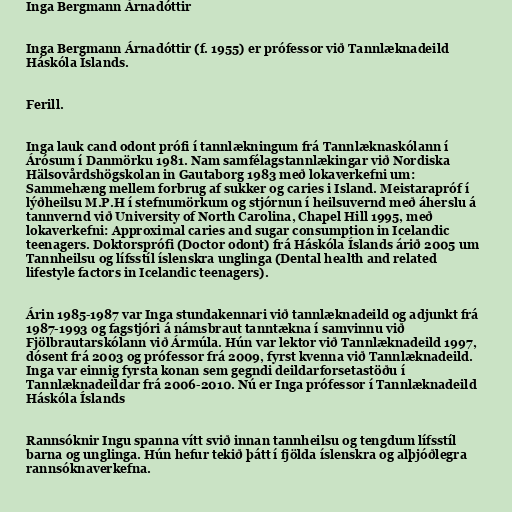
Inga Bergmann Árnadóttir

Inga Bergmann Árnadóttir (f. 1955) er prófessor við Tannlæknadeild
Háskóla Íslands.

Ferill.

Inga lauk cand odont prófi í tannlækningum frá Tannlæknaskólann í
Árósum í Danmörku 1981. Nam samfélagstannlækingar við Nordiska
Hälsovårdshögskolan in Gautaborg 1983 með lokaverkefni um:
Sammehæng mellem forbrug af sukker og caries i Island. Meistarapróf í
lýðheilsu M.P.H í stefnumörkum og stjórnun í heilsuvernd með áherslu á
tannvernd við University of North Carolina, Chapel Hill 1995, með
lokaverkefni: Approximal caries and sugar consumption in Icelandic
teenagers. Doktorsprófi (Doctor odont) frá Háskóla Íslands árið 2005 um
Tannheilsu og lífsstíl íslenskra unglinga (Dental health and related
lifestyle factors in Icelandic teenagers).

Árin 1985-1987 var Inga stundakennari við tannlæknadeild og adjunkt frá
1987-1993 og fagstjóri á námsbraut tanntækna í samvinnu við
Fjölbrautarskólann við Ármúla. Hún var lektor við Tannlæknadeild 1997,
dósent frá 2003 og prófessor frá 2009, fyrst kvenna við Tannlæknadeild.
Inga var einnig fyrsta konan sem gegndi deildarforsetastöðu í
Tannlæknadeildar frá 2006-2010. Nú er Inga prófessor í Tannlæknadeild
Háskóla Íslands

Rannsóknir Ingu spanna vítt svið innan tannheilsu og tengdum lífsstíl
barna og unglinga. Hún hefur tekið þátt í fjölda íslenskra og alþjóðlegra
rannsóknaverkefna.